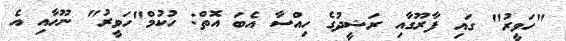
"ހަވީރު" ގައި ފާރޫގާއި ރަޝީދުގެ ހިއްސާ އެބަ އޮތް: ހުކުމް"ހަވީރު" ނޫހާއި އެ